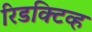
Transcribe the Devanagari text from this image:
रिडक्टिव्ह